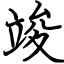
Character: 竣